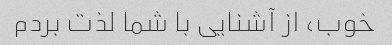
خوب، از آشنایی با شما لذت بردم